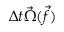
\Delta t \vec { \Omega } ( \Vec { f } )